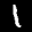
Label: 1